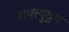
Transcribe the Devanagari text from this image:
शक्त्युद्गम